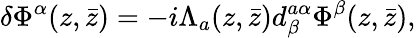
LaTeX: \delta\Phi^{\alpha}(z,\bar{z})=-i\Lambda_{a}(z,\bar{z})d_{\beta}^{a\alpha}\Phi^{\beta}(z,\bar{z}),